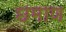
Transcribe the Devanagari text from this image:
छमाण